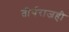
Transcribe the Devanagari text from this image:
तीर्थराजही